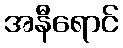
အနီရောင်